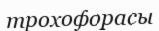
трохофорасы